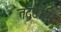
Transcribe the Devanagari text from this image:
तद्वदामि